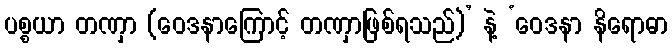
ပစ္စယာ တဏှာ (ဝေဒနာကြောင့် တဏှာဖြစ်ရသည်)’ နဲ့ ‘ဝေဒနာ နိရောဓာ